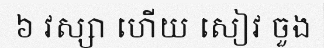
៦ វស្សា ហើយ សៀវ ចួង